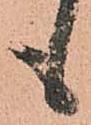
も